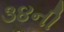
૩૪ની